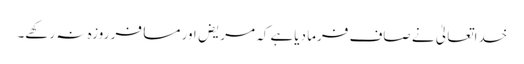
خداتعالیٰ نے صاف فرما دیاہے کہ مریض اور مسافر روزہ نہ رکھے۔